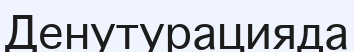
Денутурацияда